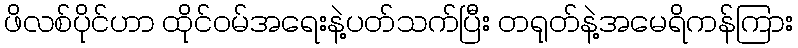
ဖိလစ်ပိုင်ဟာ ထိုင်ဝမ်အရေးနဲ့ပတ်သက်ပြီး တရုတ်နဲ့အမေရိကန်ကြား